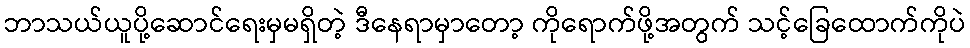
ဘာသယ်ယူပို့ဆောင်ရေးမှမရှိတဲ့ ဒီနေရာမှာတော့ ကိုရောက်ဖို့အတွက် သင့်ခြေထောက်ကိုပဲ